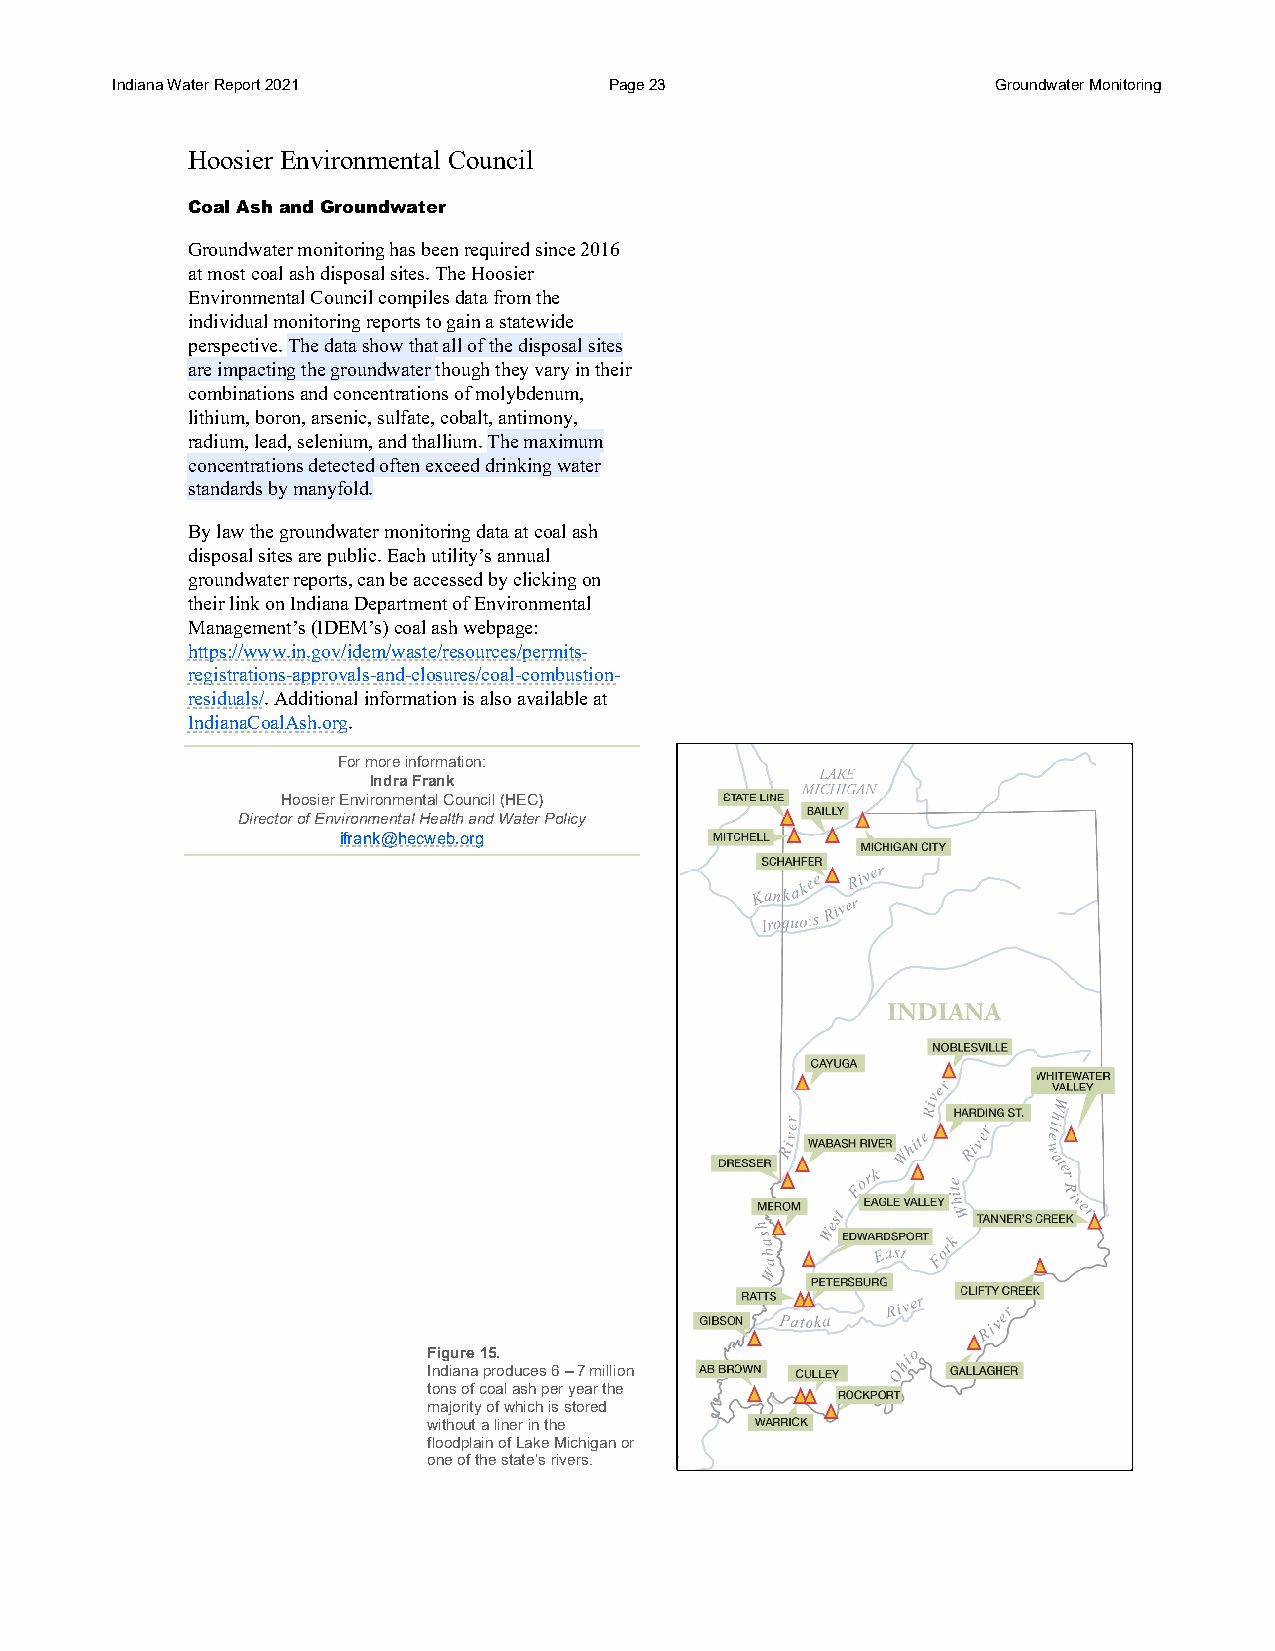
Indiana Water Report 2021        Page 23                   Groundwater Monitoring
 Hoosier Environmental Council
 Coal Ash and Groundwater
 Groundwater monitoring has been required since 2016
 at most coal ash disposal sites. The Hoosier
 Environmental Council compiles data from the
 individual monitoring reports to gain a statewide
 perspective. The data show that all of the disposal sites
 are impacting the groundwater though they vary in their
 combinations and concentrations of molybdenum,
 lithium, boron, arsenic, sulfate, cobalt, antimony,
 radium, lead, selenium, and thallium. The maximum
 concentrations detected often exceed drinking water
 standards by manyfold.
 By law the groundwater monitoring data at coal ash
 disposal sites are public. Each utility’s annual
 groundwater reports, can be accessed by clicking on
 their link on Indiana Department of Environmental
 Management’s (IDEM’s) coal ash webpage:
 https://www.in.gov/idem/waste/resources/permits-
 registrations-approvals-and-closures/coal-combustion-
 residuals/. Additional information is also available at
 IndianaCoalAsh.org.
 For more information:
 Indra Frank
 Hoosier Environmental Council (HEC)
 Director of Environmental Health and Water Policy
 ifrank@hecweb.org
 Figure 15.
 Indiana produces 6 – 7 million
 tons of coal ash per year the
 majority of which is stored
 without a liner in the
 floodplain of Lake Michigan or
 one of the state’s rivers.